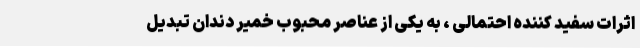
اثرات سفید کننده احتمالی ، به یکی از عناصر محبوب خمیر دندان تبدیل